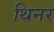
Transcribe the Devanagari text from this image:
थिनर